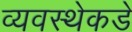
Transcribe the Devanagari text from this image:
व्यवस्थेकडे